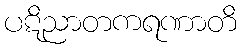
ပဋိညာတကရဏာတိ